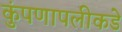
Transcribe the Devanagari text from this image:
कुंपणापलीकडे